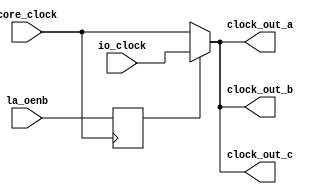
// SPDX-FileCopyrightText: 2020 Efabless Corporation
//
// Licensed under the Apache License, Version 2.0 (the "License");
// you may not use this file except in compliance with the License.
// You may obtain a copy of the License at
//
//      http://www.apache.org/licenses/LICENSE-2.0
//
// Unless required by applicable law or agreed to in writing, software
// distributed under the License is distributed on an "AS IS" BASIS,
// WITHOUT WARRANTIES OR CONDITIONS OF ANY KIND, either express or implied.
// See the License for the specific language governing permissions and
// limitations under the License.
// SPDX-License-Identifier: Apache-2.0

`default_nettype none
/*
 *-------------------------------------------------------------
 *
 * async_reg
 *
 *
 *-------------------------------------------------------------
 */


module clock_mux(
`ifdef USE_POWER_PINS
 inout wire vdd,
 inout wire vss,
`endif
  input wire core_clock,
  input wire io_clock,
  input wire la_oenb,
  output wire  clock_out_a,
  output wire  clock_out_b,
  output wire  clock_out_c
);

  reg sel_reg;
  always@(posedge core_clock)
    sel_reg <= la_oenb;
  assign clock_out_a = (~sel_reg) ? core_clock : io_clock ;
  assign clock_out_b = clock_out_a;
  assign clock_out_c = clock_out_a;

endmodule